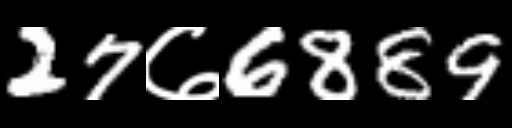
Text: 27७6889